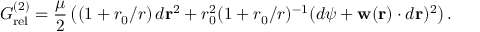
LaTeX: { \cal G } _ { \mathrm { r e l } } ^ { ( 2 ) } = \frac { \mu } { 2 } \left( ( 1 + r _ { 0 } / r ) \, d { { \bf r } } ^ { 2 } + r _ { 0 } ^ { 2 } ( 1 + r _ { 0 } / r ) ^ { - 1 } ( d { \psi } + { \bf w } ( { \bf r } ) \cdot d { { \bf r } } ) ^ { 2 } \right) .